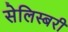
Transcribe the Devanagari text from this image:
सेलिस्बरी